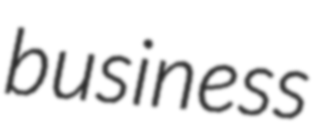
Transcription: business